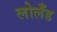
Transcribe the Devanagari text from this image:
लोलँड